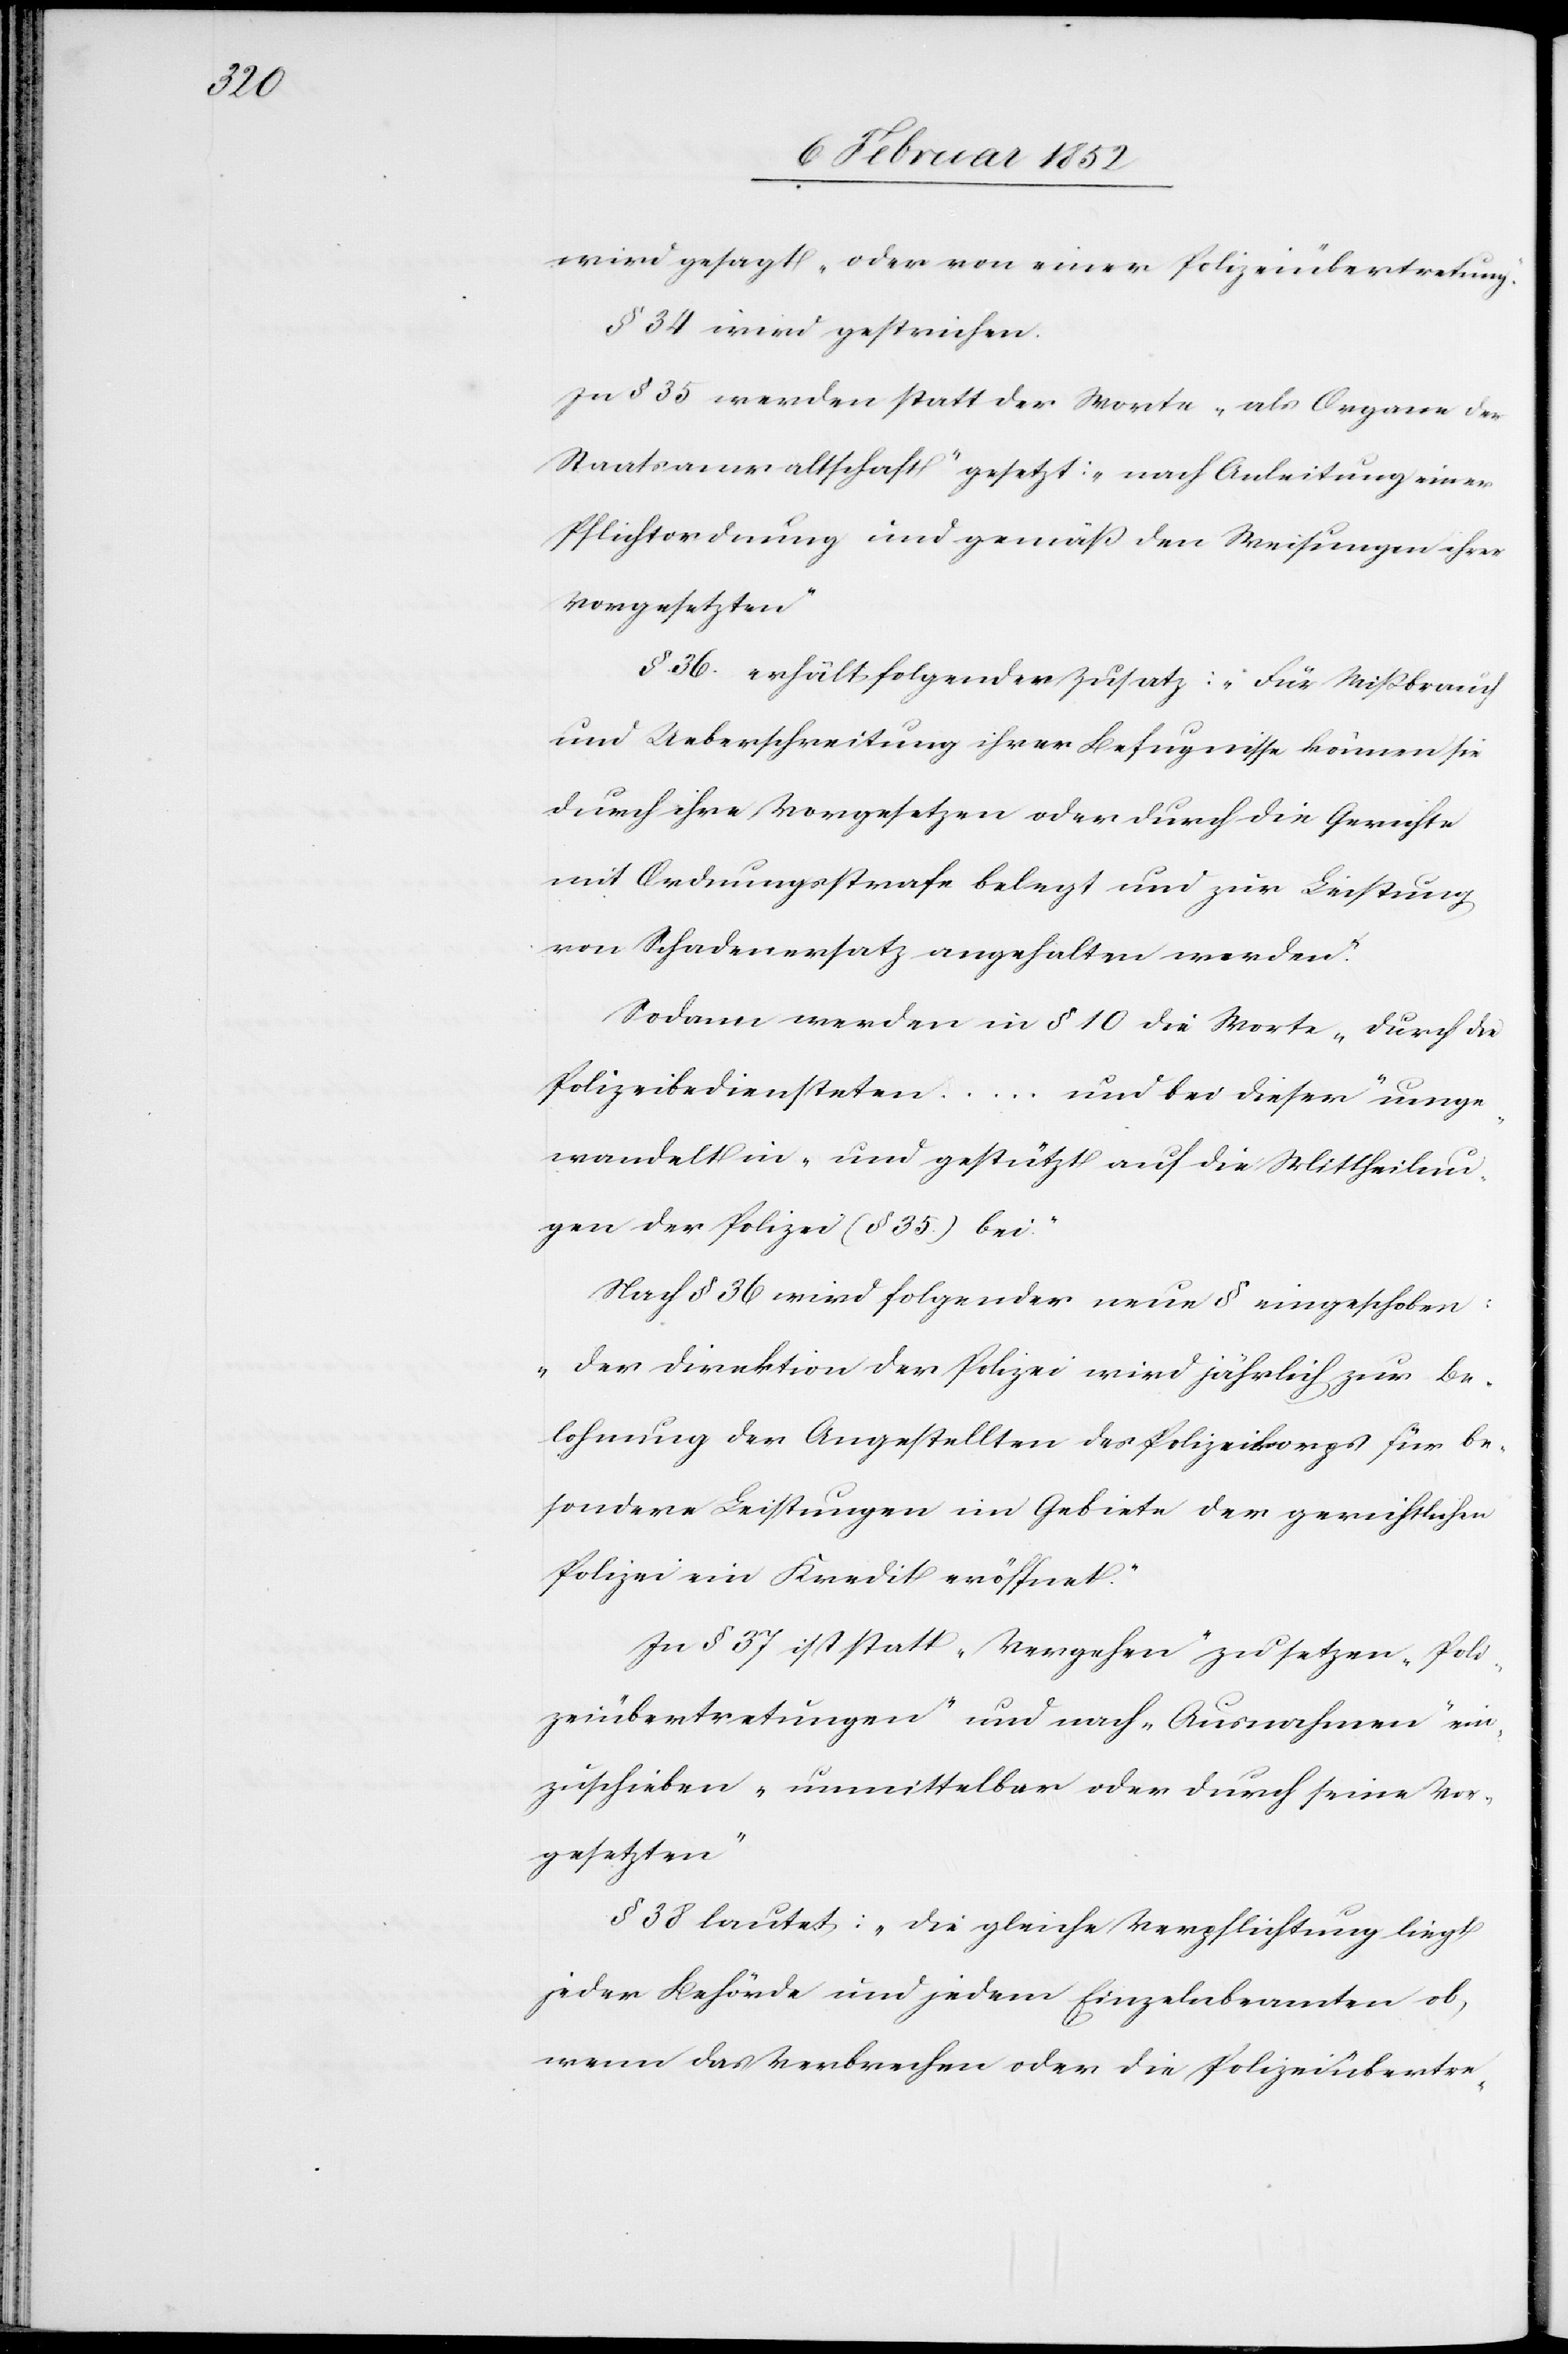
ic!]

wird gesagt „oder von einer Polizeiübertretung.“
§ 34 wird gestrichen.
In § 35 werden statt der Worte „als Organe der
Staatsanwaltschaft“ gesetzt: „nach Anleitung einer
Pflichtordnung und gemäß den Weisungen ihrer
Vorgesetzten“
§ 36. erhält folgenden Zusatz: „Für Mißbrauch
und Ueberschreitung ihrer Befugnisse können sie
durch ihre Vorgesetzten oder durch die Gerichte
mit Ordnungsstrafe belegt und zur Leistung
von Schadenersatz angehalten werden.“
Sodann werden in § 10 die Worte „durch die
Polizeibediensteten
... und bei dieser“ umge¬
wandelt in „und gestützt auf die Mittheilun¬
gen der Polizei (§ 35) bei.“
Nach § 36 wird folgender neue § eingeschoben:
„der Direktion der Polizei wird jährlich zur Be¬
lohnung der Angestellten des Polizeikorps für be¬
sondere Leistungen im Gebiete der gerichtliche
Polizei ein Kredit eröffnet.“
In § 37 ist statt „Vergehen“ zu setzen „Poli¬
zeiübertretungen“ und nach „Ausnahmen“ ein¬
zuschieben „unmittelbar oder durch seine Vor¬
gesetzten“
§ 38 lautet: „die gleiche Verpflichtung liegt
jeder Behörde und jedem Einzelnbeamten [s¬
wenn das Verbrechen oder die Polizeiübertre-